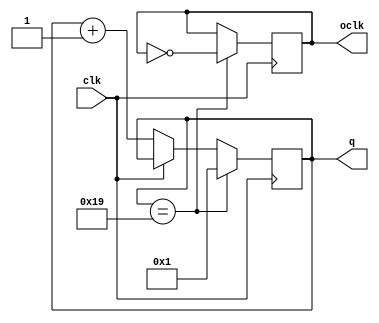
module hw12(clk,oclk,q);
input clk;
output reg oclk;
output reg [4:0]q;
always @(negedge clk)
begin
if (q==5'b11001)
begin
oclk=~oclk;
q=5'b00001;
end
else if (clk==0)
q=q+1;
end
endmodule